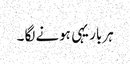
ہر بار یہی ہونے لگا ۔